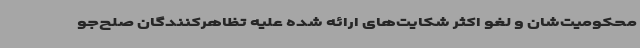
محکومیت‌شان و لغو اکثر شکایت‌های ارائه شده علیه تظاهرکنندگان صلح‌جو